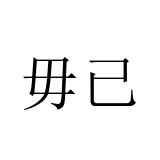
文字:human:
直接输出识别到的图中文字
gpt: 毋已